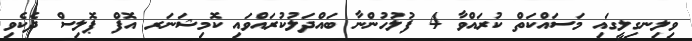
ވިލިނގިލީގައި މަސައްކަތް ކުރައްވާ 4 ފުލުހުންނާ ބައްދަލުކުރައްވައި ކޮމިޝަނަރ އޮފް ޕޮލިސް ދެކެވި